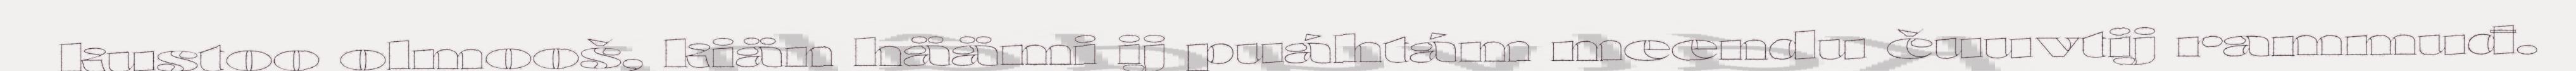
kustoo olmooš, kiän häämi ij puáhtám meendu čuuvtij rammuđ.